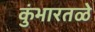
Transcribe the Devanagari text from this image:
कुंभारतळे